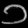
Digit: ၁